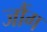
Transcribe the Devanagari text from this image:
जौंग